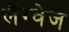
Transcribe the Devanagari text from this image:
लैंग्‍वेज